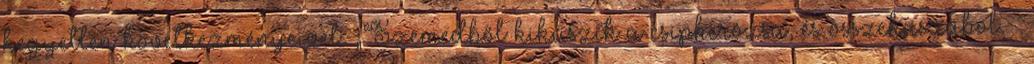
kegyetlen következményeivel. „Szemedből kikúszik a csipkerózsa, és összekaszabol.